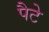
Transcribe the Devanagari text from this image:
पैटे